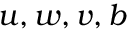
{ u } , { w } , { v } , { b }